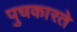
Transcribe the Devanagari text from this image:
पुचकारते